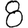
Digit: 8